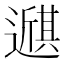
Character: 𫑇